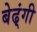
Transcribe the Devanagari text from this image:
बेढ्ंगी